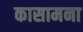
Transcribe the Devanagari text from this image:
कासामना